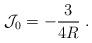
LaTeX: \begin{align*}\mathcal{J}_0=-\frac 3{4R}\;. \end{align*}